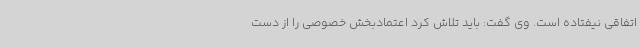
اتفاقی نیفتاده است. وی گفت: باید تلاش کرد اعتمادبخش خصوصی را از دست